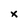
Character: x